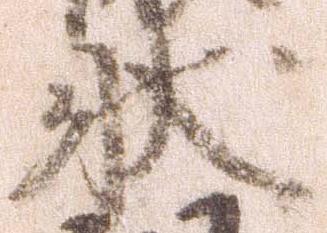
状